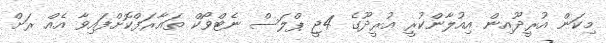
މިކަން އުރީދޫއިން އިއުލާންކުރީ އުރީދޫގެ 4ޖީ ޕްލަސް ނެޓްވޯކް ތައާރަފްކޮށްފައިވާ އެއް ރަށް